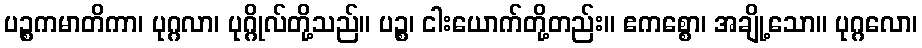
ပဉ္စကမာတိကာ၊ ပုဂ္ဂလာ၊ ပုဂ္ဂိုလ်တို့သည်။ ပဉ္စ၊ ငါးယောက်တို့တည်း။ ဧကစ္စော၊ အချို့သော။ ပုဂ္ဂလော၊